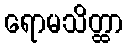
ရောမသိတ္ထာ